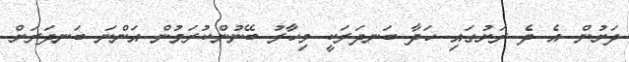
ދަށުން އެ ދެ ރަށުގައި ހަދާ ބަނދަރަކީ މިހާރު ބޭނުންކުރަމުން އަންނަ ބަނދަރަށް